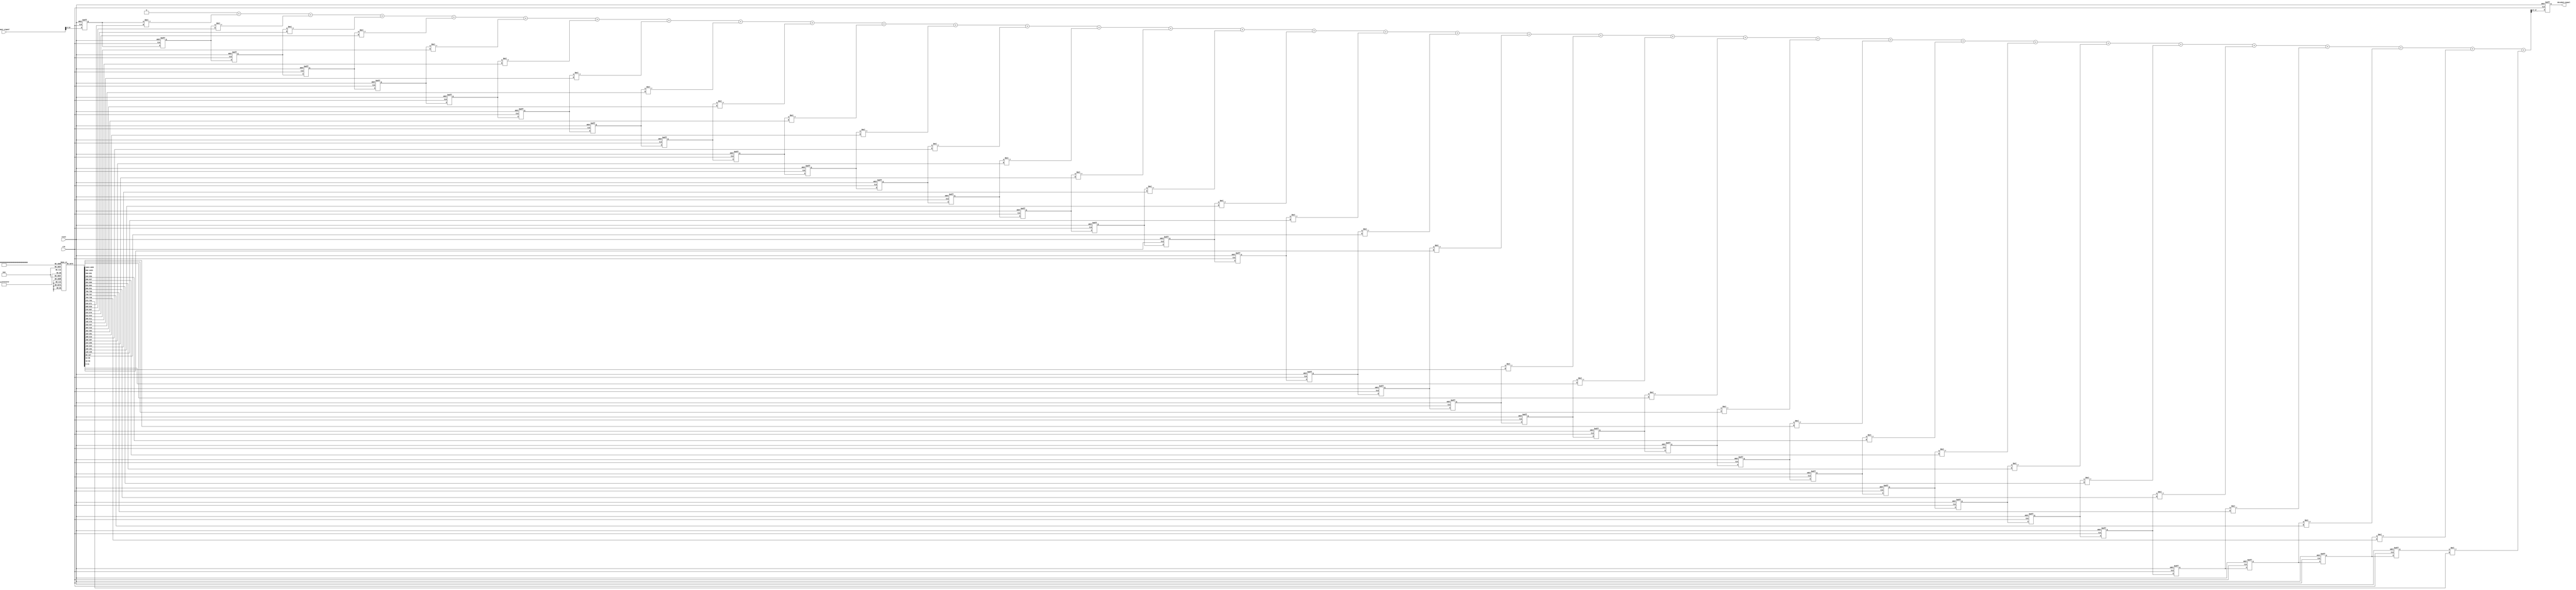
// module Receiver(
//     input wire clk,
//     input wire reset,
//     input wire signed [15:0] input_signal,
//     output reg signed [10:0] decoded_signal
// );

//     // Parameters for Square Root Raised Cosine Filter
//     parameter FILTER_TAPS = 33;
//     reg signed [31:0] FILTER_COEFFS [0:FILTER_TAPS-1];
//     reg signed [10:0] delay_line [0:FILTER_TAPS-1];
//     reg signed [47:0] temp;  // Intermediate result with higher bit-width
//     integer i;

//     initial begin
//         // Initialize filter coefficients (scaled by 32768)
//         FILTER_COEFFS[0]  = -32'd165;  // -0.00505281304553084 * 32768
//         FILTER_COEFFS[1]  = -32'd63;   // -0.00191087927654681 * 32768
//         FILTER_COEFFS[2]  = 32'd176;   // 0.00535931755284406 * 32768
//         FILTER_COEFFS[3]  = 32'd269;   // 0.00822646167623590 * 32768
//         FILTER_COEFFS[4]  = 32'd50;    // 0.00151584391365925 * 32768
//         FILTER_COEFFS[5]  = -32'd269;  // -0.00822646167623590 * 32768
//         FILTER_COEFFS[6]  = -32'd246;  // -0.00750304457398167 * 32768
//         FILTER_COEFFS[7]  = 32'd253;   // 0.00773451135745139 * 32768
//         FILTER_COEFFS[8]  = 32'd694;   // 0.0212218147912295 * 32768
//         FILTER_COEFFS[9]  = 32'd253;   // 0.00773451135745138 * 32768
//         FILTER_COEFFS[10] = -32'd1230; // -0.0375152228699084 * 32768
//         FILTER_COEFFS[11] = -32'd2566; // -0.0784256013134489 * 32768
//         FILTER_COEFFS[12] = -32'd1736; // -0.0530545369780738 * 32768
//         FILTER_COEFFS[13] = 32'd2566;  // 0.0784256013134490 * 32768
//         FILTER_COEFFS[14] = 32'd9473;  // 0.289331991458557 * 32768
//         FILTER_COEFFS[15] = 32'd15988; // 0.487274215519437 * 32768
//         FILTER_COEFFS[16] = 32'd18622; // 0.568340837283330 * 32768
//         FILTER_COEFFS[17] = 32'd15988; // 0.487274215519437 * 32768
//         FILTER_COEFFS[18] = 32'd9473;  // 0.289331991458557 * 32768
//         FILTER_COEFFS[19] = 32'd2566;  // 0.0784256013134490 * 32768
//         FILTER_COEFFS[20] = -32'd1736; // -0.0530545369780738 * 32768
//         FILTER_COEFFS[21] = -32'd2566; // -0.0784256013134489 * 32768
//         FILTER_COEFFS[22] = -32'd1230; // -0.0375152228699084 * 32768
//         FILTER_COEFFS[23] = 32'd253;   // 0.00773451135745138 * 32768
//         FILTER_COEFFS[24] = 32'd694;   // 0.0212218147912295 * 32768
//         FILTER_COEFFS[25] = 32'd253;   // 0.00773451135745139 * 32768
//         FILTER_COEFFS[26] = -32'd246;  // -0.00750304457398167 * 32768
//         FILTER_COEFFS[27] = -32'd269;  // -0.00822646167623590 * 32768
//         FILTER_COEFFS[28] = 32'd50;    // 0.00151584391365925 * 32768
//         FILTER_COEFFS[29] = 32'd269;   // 0.00822646167623590 * 32768
//         FILTER_COEFFS[30] = 32'd176;   // 0.00535931755284406 * 32768
//         FILTER_COEFFS[31] = -32'd63;   // -0.00191087927654681 * 32768
//         FILTER_COEFFS[32] = -32'd165;  // -0.00505281304553084 * 32768
//     end

//     always @(posedge clk or posedge reset) begin
//         if (reset) begin
//             decoded_signal <= 0;
//             for (i = 0; i < FILTER_TAPS; i = i + 1) begin
//                 delay_line[i] <= 0;
//             end
//         end else begin
//             // Shift delay line and insert new input sample
//             for (i = FILTER_TAPS-1; i > 0; i = i - 1) begin
//                 delay_line[i] <= delay_line[i-1];
//             end
//             delay_line[0] <= input_signal;

//             // Convolve input with filter coefficients
//             temp = 0;
//             for (i = 0; i < FILTER_TAPS; i = i + 1) begin
//                 temp = temp + (delay_line[i] * FILTER_COEFFS[i]);
//             end
//             // Scale back the result to 16-bit signed value
//             decoded_signal <= temp >>> 15;
//         end
//     end

// endmodule

module Receiver(
    input wire clk,
    input wire reset,
    input wire signed [15:0] input_signal, // 16-bit input from transmitter
    output reg signed [10:0] decoded_signal
);

    // Parameters for Square Root Raised Cosine Filter
    parameter FILTER_TAPS = 33;
    reg signed [31:0] FILTER_COEFFS [0:FILTER_TAPS-1];
    reg signed [10:0] delay_line [0:FILTER_TAPS-1]; // 16-bit elements
    reg signed [47:0] temp;  // Intermediate result with higher bit-width
    integer i;

    initial begin
        // Initialize filter coefficients (scaled by 32768)
        FILTER_COEFFS[0]  = 32'd109;   // 0.00333899618540442 * 32768
        FILTER_COEFFS[1]  = 32'd22;    // 0.000675925879481380 * 32768
        FILTER_COEFFS[2]  = -32'd138;  // -0.00419709702611427 * 32768
        FILTER_COEFFS[3]  = -32'd102;  // -0.00310941192785426 * 32768
        FILTER_COEFFS[4]  = 32'd123;   // 0.00375140932047703 * 32768
        FILTER_COEFFS[5]  = 32'd170;   // 0.00520238706001478 * 32768
        FILTER_COEFFS[6]  = -32'd143;  // -0.00437176033117127 * 32768
        FILTER_COEFFS[7]  = -32'd395;  // -0.0120657488779467 * 32768
        FILTER_COEFFS[8]  = -32'd75;   // -0.00227369740244205 * 32768
        FILTER_COEFFS[9]  = 32'd467;   // 0.0142720572441999 * 32768
        FILTER_COEFFS[10] = 32'd144;   // 0.00439965084685387 * 32768
        FILTER_COEFFS[11] = -32'd1258; // -0.0384976642441094 * 32768
        FILTER_COEFFS[12] = -32'd1843; // -0.0562711398071555 * 32768
        FILTER_COEFFS[13] = 32'd1187;  // 0.0362764724916331 * 32768
        FILTER_COEFFS[14] = 32'd8371;  // 0.255452670338244 * 32768
        FILTER_COEFFS[15] = 32'd16274; // 0.496805521418813 * 32768
        FILTER_COEFFS[16] = 32'd19729; // 0.602479497992799 * 32768
        FILTER_COEFFS[17] = 32'd16274; // 0.496805521418813 * 32768
        FILTER_COEFFS[18] = 32'd8371;  // 0.255452670338244 * 32768
        FILTER_COEFFS[19] = 32'd1187;  // 0.0362764724916331 * 32768
        FILTER_COEFFS[20] = -32'd1843; // -0.0562711398071555 * 32768
        FILTER_COEFFS[21] = -32'd1258; // -0.0384976642441094 * 32768
        FILTER_COEFFS[22] = 32'd144;   // 0.00439965084685387 * 32768
        FILTER_COEFFS[23] = 32'd467;   // 0.0142720572441999 * 32768
        FILTER_COEFFS[24] = -32'd75;   // -0.00227369740244205 * 32768
        FILTER_COEFFS[25] = -32'd395;  // -0.0120657488779467 * 32768
        FILTER_COEFFS[26] = -32'd143;  // -0.00437176033117127 * 32768
        FILTER_COEFFS[27] = 32'd170;   // 0.00520238706001478 * 32768
        FILTER_COEFFS[28] = 32'd123;   // 0.00375140932047703 * 32768
        FILTER_COEFFS[29] = -32'd102;  // -0.00310941192785426 * 32768
        FILTER_COEFFS[30] = -32'd138;  // -0.00419709702611427 * 32768
        FILTER_COEFFS[31] = 32'd22;    // 0.000675925879481380 * 32768
        FILTER_COEFFS[32] = 32'd109;   // 0.00333899618540442 * 32768
    end

    always @(posedge clk or posedge reset) begin
        if (reset) begin
            decoded_signal <= 0;
            for (i = 0; i < FILTER_TAPS; i = i + 1) begin
                delay_line[i] <= 0;
            end
        end else begin
            // Shift delay line and insert new input sample
            for (i = FILTER_TAPS-1; i > 0; i = i - 1) begin
                delay_line[i] <= delay_line[i-1];
            end
            delay_line[0] <= input_signal;

            // Convolve input with filter coefficients
            temp = 0;
            for (i = 0; i < FILTER_TAPS; i = i + 1) begin
                temp = temp + (delay_line[i] * FILTER_COEFFS[i]);
            end
            // Scale back the result to 16-bit signed value
            decoded_signal <= temp[47:37];  // Extract the most significant 16 bits
        end
    end

endmodule